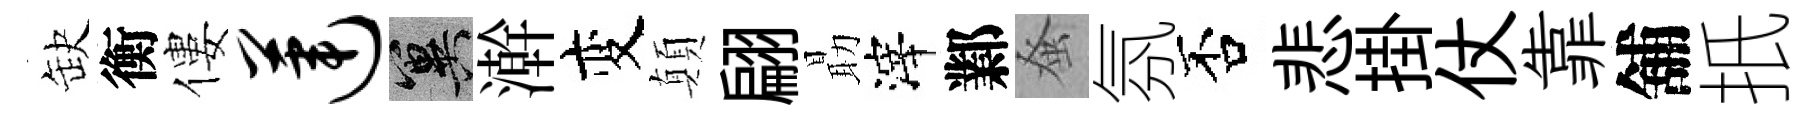
缺衡僂莲冀澣变顛翩朂滓鄴𫊫氛否悲掛仗靠舖扺